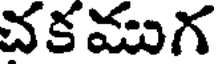
చకముగ